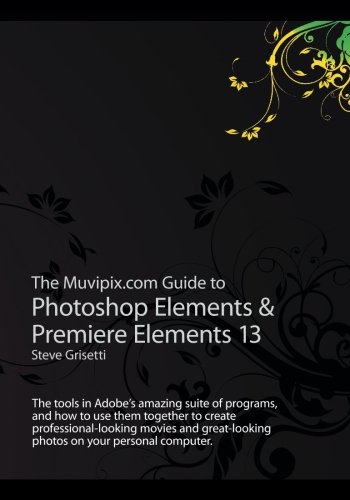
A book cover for The Muvipix.com Guide to Photoshop Elements & Premiere Elements 13: The tools in Adobe's amazing suite of programs, and how to use them together to ... photos on your personal computer.; Steve Grisetti; Arts & Photography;